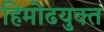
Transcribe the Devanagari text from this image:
हिमोढयुक्त